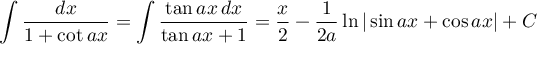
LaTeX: \int { \frac { d x } { 1 + \cot a x } } = \int { \frac { \tan a x \, d x } { \tan a x + 1 } } = { \frac { x } { 2 } } - { \frac { 1 } { 2 a } } \ln | \sin a x + \cos a x | + C